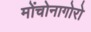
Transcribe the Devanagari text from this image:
मोंचोनागोरो